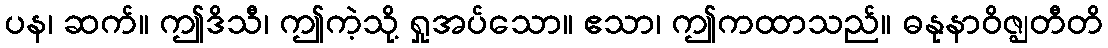
ပန၊ ဆက်။ ဤဒိသီ၊ ဤကဲ့သို့ ရှုအပ်သော။ ဧသာ၊ ဤကထာသည်။ ဓနုနာဝိဇ္ဈတီတိ